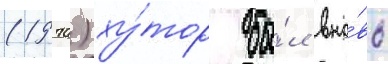
(1970) ху́тор бы́л вно́вь